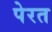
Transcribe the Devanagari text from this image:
पेरत